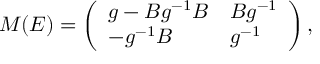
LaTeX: M ( E ) = \left( \begin{array} { l l } { { g - B g ^ { - 1 } B } } & { { B g ^ { - 1 } } } \\ { { - g ^ { - 1 } B } } & { { g ^ { - 1 } } } \end{array} \right) ,